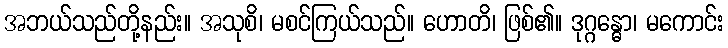
အဘယ်သည်တို့နည်း။ အသုစိ၊ မစင်ကြယ်သည်။ ဟောတိ၊ ဖြစ်၏။ ဒုဂ္ဂန္ဓော၊ မကောင်း